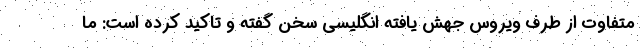
متفاوت از طرف ویروس جهش یافته انگلیسی سخن گفته و تاکید کرده است: ما